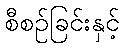
စီစဉ်ခြင်းနှင့်